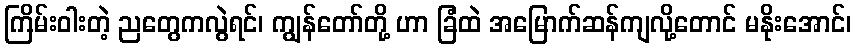
ကြိမ်းဝါးတဲ့ ညတွေကလွဲရင်၊ ကျွန်တော်တို့ ဟာ ခြံထဲ အမြောက်ဆန်ကျလို့တောင် မနိုးအောင်၊